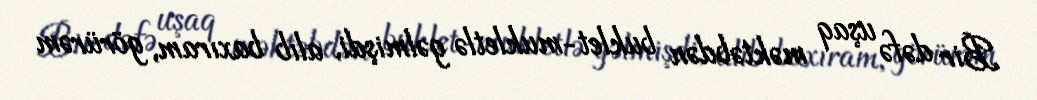
Bir dəfə uşaq məktəbdən buklet-mukletlə gəlmişdi, alıb baxıram, görürəm